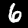
Digit: 6